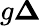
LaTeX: g\le\Delta